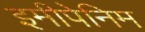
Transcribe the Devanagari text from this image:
इमीपेनिम